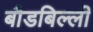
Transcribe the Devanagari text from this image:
बौडबिल्ली